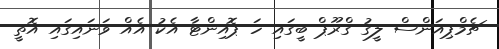
ޗެމްޕިއަންސް ލީގު ގްރޫޕް ބީގައި ހަ ޕޮއިންޓާ އެކު އެއް ވަނައިގައި އޮތީ